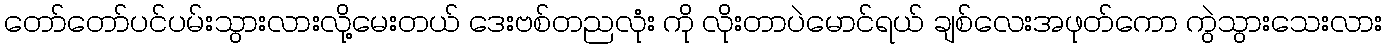
တော်တော်ပင်ပမ်းသွားလားလို့မေးတယ် ဒေးဗစ်တညလုံး ကို လိုးတာပဲမောင်ရယ် ချစ်လေးအဖုတ်ကော ကွဲသွားသေးလား